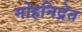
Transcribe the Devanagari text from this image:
मोहनिद्रेत